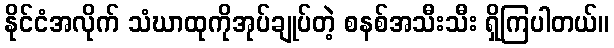
နိုင်ငံအလိုက် သံဃာထုကိုအုပ်ချုပ်တဲ့ စနစ်အသီးသီး ရှိကြပါတယ်။